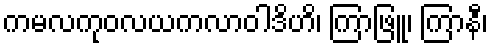
ကမလကုဝလယကလာဝါဒိဟိ၊ ကြာဖြူ၊ ကြာနီ၊